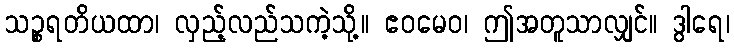
သဉ္စရတိယထာ၊ လှည့်လည်သကဲ့သို့။ ဧဝမေဝ၊ ဤအတူသာလျှင်။ ဒွါရေ၊